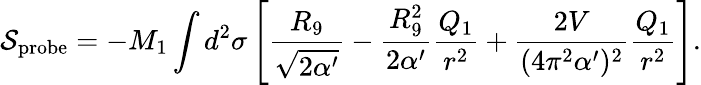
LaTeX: {\cal S}_{\mathrm{probe}}=-M_{1}\int d^{2}\sigma\left[\frac{R_{9}}{\sqrt{2\alpha^{\prime}}}-\frac{R_{9}^{2}}{2\alpha^{\prime}}\frac{Q_{1}}{r^{2}}+\frac{2V}{(4\pi^{2}\alpha^{\prime})^{2}}\frac{Q_{1}}{r^{2}}\right].